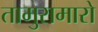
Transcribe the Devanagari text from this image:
तामुरामारो